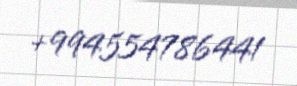
+994554786441